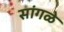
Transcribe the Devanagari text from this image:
सांगळे